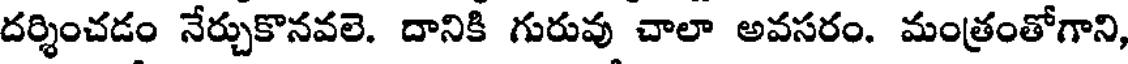
దర్శించడం నేర్చుకొనవలె. దానికి గురువు చాలా అవసరం. మంత్రంతోగాని,